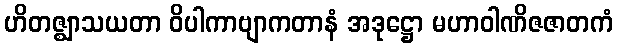
ဟိတဇ္ဈာသယတာ ဝိပါကာဗျာကတာနံ အဒုဋ္ဌော မဟာဝါဏိဇဇာတကံ